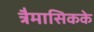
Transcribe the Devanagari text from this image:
त्रैमासिकके